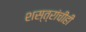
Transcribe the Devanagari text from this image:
शस्त्रांचीही